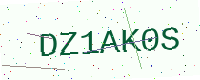
Text: DZ1AK0S